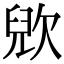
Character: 𣣉